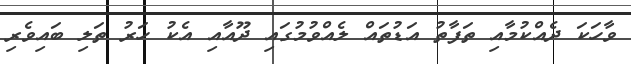
ވާހަކަ ދެއްކުމާއި ތަފާތު އަޑުތައް ލެއްވުމުގައި ދޫއާއި އެކު ހަރު ތަލި ބައިވެރި